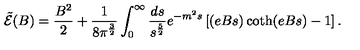
{ \tilde { \cal { E } } } ( B ) = \frac { B ^ { 2 } } { 2 } + \frac { 1 } { 8 \pi ^ { \frac { 3 } { 2 } } } \int _ { 0 } ^ { \infty } \frac { d s } { s ^ { \frac { 5 } { 2 } } } e ^ { - m ^ { 2 } s } \left[ ( e B s ) \coth ( e B s ) - 1 \right] .